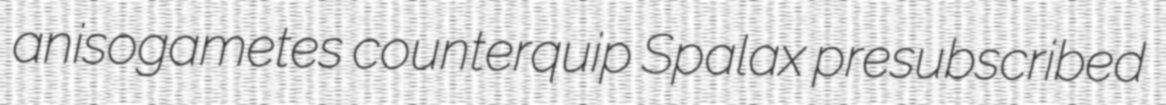
anisogametes counterquip Spalax presubscribed